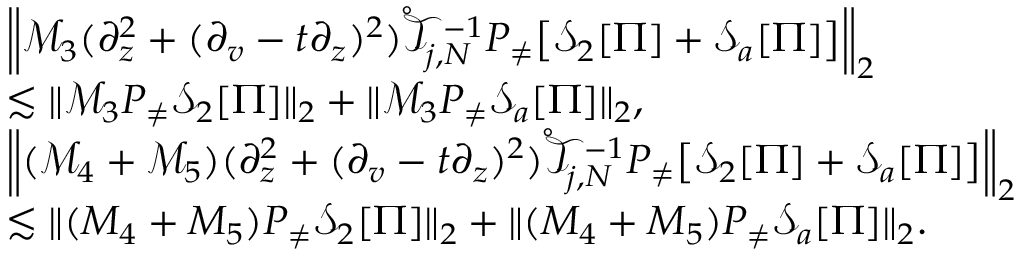
\begin{array} { r l } & { \left\| \mathcal { M } _ { 3 } ( \partial _ { z } ^ { 2 } + ( \partial _ { v } - t \partial _ { z } ) ^ { 2 } ) \mathring { \mathcal { T } } _ { j , N } ^ { - 1 } P _ { \neq } \big [ \mathcal { S } _ { 2 } [ \Pi ] + \mathcal { S } _ { a } [ \Pi ] \big ] \right\| _ { 2 } } \\ & { \lesssim \| \mathcal { M } _ { 3 } P _ { \neq } \mathcal { S } _ { 2 } [ \Pi ] \| _ { 2 } + \| \mathcal { M } _ { 3 } P _ { \neq } \mathcal { S } _ { a } [ \Pi ] \| _ { 2 } , } \\ & { \left\| ( \mathcal { M } _ { 4 } + \mathcal { M } _ { 5 } ) ( \partial _ { z } ^ { 2 } + ( \partial _ { v } - t \partial _ { z } ) ^ { 2 } ) \mathring { \mathcal { T } } _ { j , N } ^ { - 1 } P _ { \neq } \big [ \mathcal { S } _ { 2 } [ \Pi ] + \mathcal { S } _ { a } [ \Pi ] \big ] \right\| _ { 2 } } \\ & { \lesssim \| ( M _ { 4 } + M _ { 5 } ) P _ { \neq } \mathcal { S } _ { 2 } [ \Pi ] \| _ { 2 } + \| ( M _ { 4 } + M _ { 5 } ) P _ { \neq } \mathcal { S } _ { a } [ \Pi ] \| _ { 2 } . } \end{array}